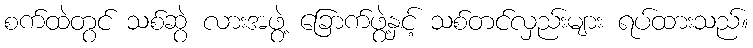
စက်ထဲတွင် သစ်ဆွဲ လားအဖွဲ့ ခြောက်ဖွဲ့နှင့် သစ်တင်လှည်းများ ရပ်ထားသည်။